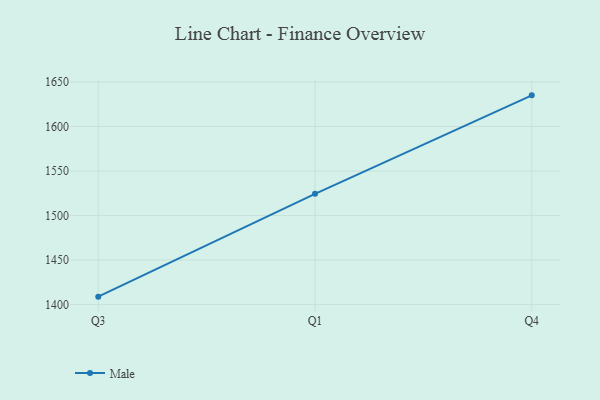
{"axis": {"x": "Quarter", "y": "Website Visitors"}, "legend": ["Male"], "data": [{"x": "Q3", "y": 1408.8, "type": "Male"}, {"x": "Q1", "y": 1524.4, "type": "Male"}, {"x": "Q4", "y": 1635.0, "type": "Male"}]}